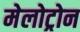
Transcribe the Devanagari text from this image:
मेलोट्रोन